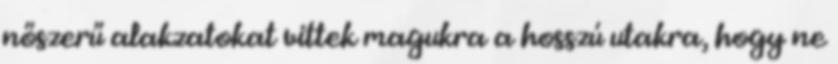
nőszerű alakzatokat vittek magukra a hosszú utakra, hogy ne